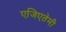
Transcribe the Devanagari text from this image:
एजिएतेमी